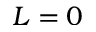
L = 0